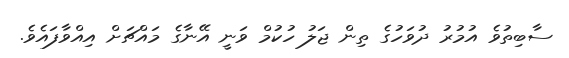
ސާބިތުވެ އުމުރު ދުވަހުގެ ތިން ޖަލު ހުކުމް ވަނީ އޭނާގެ މައްޗަށް އިއްވާފައެވެ.